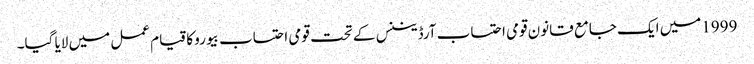
1999میں ایک جامع قانون قومی احتساب آرڈیننس کے تحت قومی احتساب بیورو کا قیام عمل میں لایا گیا۔